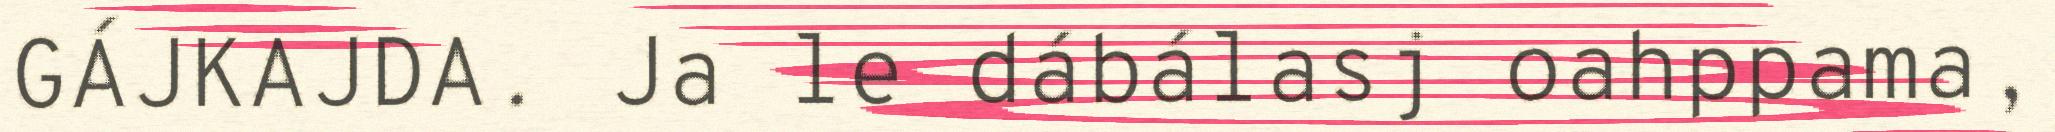
GÁJKAJDA. Ja le dábálasj oahppama,